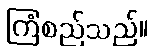
ကြံစည်သည်။